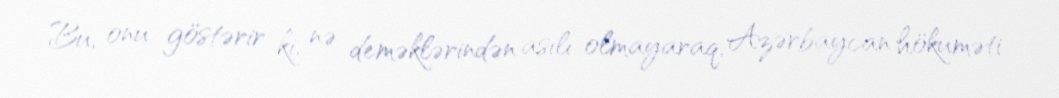
Bu, onu göstərir ki, nə deməklərindən asılı olmayaraq, Azərbaycan hökuməti